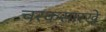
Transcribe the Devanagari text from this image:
चरकसारखे